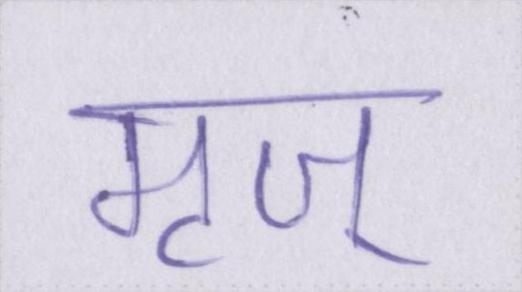
मृज्